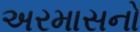
અરમાસનો